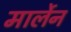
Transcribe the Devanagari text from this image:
मार्लेन